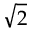
\sqrt { 2 }